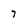
Character: 7